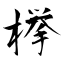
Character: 﨔